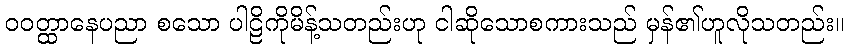
ဝဝတ္ထာနေပညာ စသော ပါဠိကိုမိန့်သတည်းဟု ငါဆိုသောစကားသည် မှန်၏ဟူလိုသတည်း။